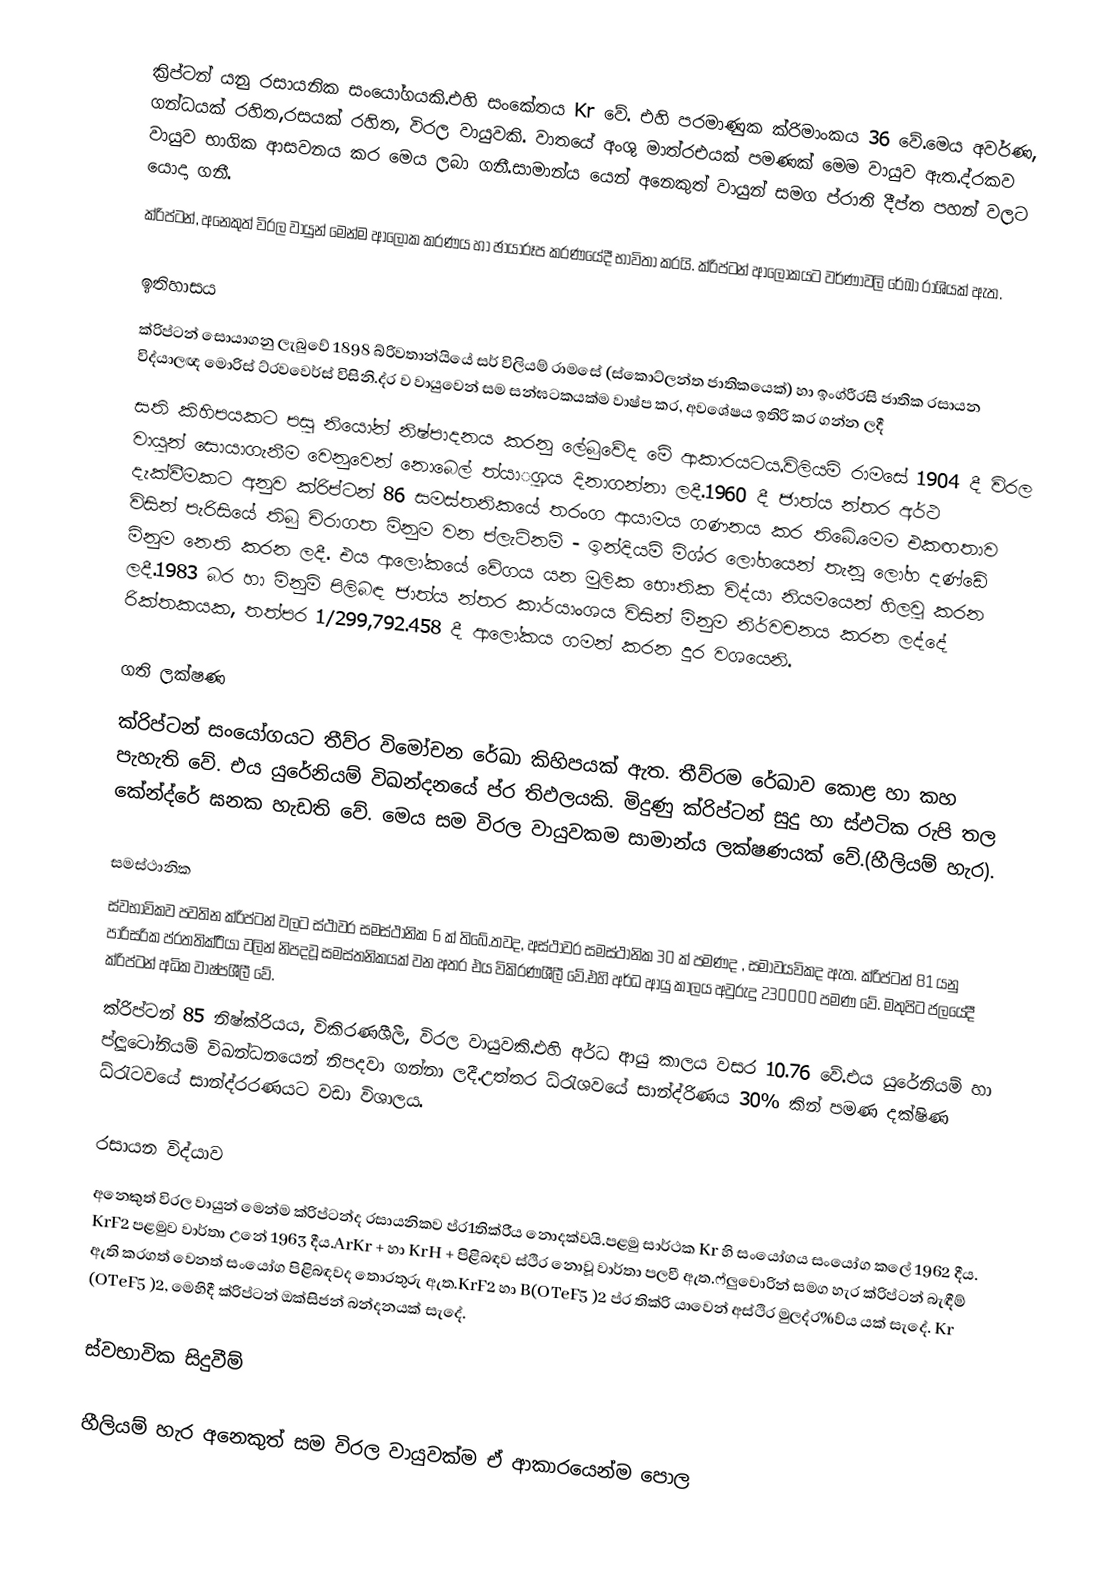
ක්‍රිප්ටන් යනු රසායනික සංයෝගයකි.එහි සංකේතය Kr වේ.  එහි පරමාණුක ක්රිමාංකය 36 වේ.මෙය අවර්ණ, ගන්ධයක් රහිත,රසයක් රහිත, විරල වායුවකි. වාතයේ අංශු මාත්රඑයක් පමණක් මෙම වායුව ඇත.ද්රකව වායුව භාගික ආසවනය කර මෙය ලබා ගනී.සාමාන්ය යෙන් අනෙකුත් වායුන් සමග ප්රාති දීප්ත පහන් වලට යොදා ගනී.
ක්රිප්ටන්, අනෙකුත් විරල වායුන් මෙන්ම ආලෝක කරණය හා ඡායාරූප කරණයේදී භාවිතා කරයි. ක්රිප්ටන් ආලෝකයට වර්ණාවලි රේඛා රාශියක් ඇත.

ඉතිහාසය
ක්රිප්ටන් සොයාගනු ලැබුවේ 1898 බ්රිවතාන්යියේ සර් විලියම් රාමසේ (ස්කොට්ලන්ත ජාතිකයෙක්) හා  ඉංග්රීරසි ජාතික රසායන විද්යාලඥ මොරිස් ට්රවවෙර්ස් විසිනි.ද්ර ව වායුවෙන් සම සන්ඝටකයක්ම වාෂ්ප කර, අවශේෂය ඉතිරි කර ගන්න ලදී
සති කිහිපයකට පසු නියෝන් නිෂ්පාදනය කරනු ලේබුවේද මේ ආකාරයටය.විලියම් රාමසේ 1904 දී විරල වායුන් සොයාගැනීම වෙනුවෙන් නොබෙල් ත්යාුගය දිනාගන්නා ලදී.1960 දී ජාත්ය න්තර අර්ථ දැක්වීමකට අනුව ක්රිප්ටන් 86 සමස්තනිකයේ තරංග ආයාමය ගණනය කර තිබේ.මෙම එකඟතාව විසින් පැරිසියේ තිබු චිරාගත මිනුම වන ප්ලැටිනම් - ඉන්දියම් මිශ්ර  ලෝහයෙන් තැනූ ලෝහ දණ්ඩේ මිනුම නෙති කරන ලදී. එය ආලෝකයේ වේගය යන මුලික භෞතික විද්යා  නියමයෙන් හිලවු කරන ලදී.1983 බර හා මිනුම් පිලිබඳ ජාත්ය න්තර කාර්යාංශය විසින් මිනුම නිර්වචනය කරන ලද්දේ රික්තකයක, තත්පර 1/299,792.458 දී ආලෝකය ගමන් කරන දුර වශයෙනි.

ගති ලක්ෂණ
ක්රිප්ටන් සංයෝගයට තීව්ර විමෝචන රේඛා කිහිපයක් ඇත. තීව්රම රේඛාව කොළ හා කහ පැහැති වේ. එය යුරේනියම් විඛන්දනයේ ප්ර තිඵලයකි. මිදුණු ක්රිප්ටන් සුදු හා ස්ඵටික රුපි තල කේන්ද්රේ ඝනක හැඩති වේ. මෙය සම විරල වායුවකම සාමාන්ය  ලක්ෂණයක් වේ.(හීලියම් හැර).

සමස්ථානික
ස්වභාවිකව පවතින ක්රිප්ටන් වලට ස්ථාවර සමස්ථානික 6 ක් තිබේ.තවද, අස්ථාවර සමස්ථානික 30 ක් පමණද , සමාවයවිකද ඇත. ක්රිප්ටන් 81 යනු පාරිසරික ප්රතතික්රිියා වලින් නිපදවූ සමස්තනිකයක් වන අතර එය විකිරණශීලී වේ.එහි අර්ධ ආයු කාලය අවුරුදු 230000 පමණ වේ. මතුපිට ජලයේදී ක්රිප්ටන් අධික වාෂ්පශීලී වේ.
ක්රිප්ටන් 85 නිෂ්ක්රියය, විකිරණශීලී, විරල වායුවකි.එහි අර්ධ ආයු කාලය වසර 10.76 වේ.එය යුරේනියම් හා ප්ලූටෝනියම් විඛන්ධනයෙන්  නිපදවා ගන්නා ලදී.උත්තර ධ්රැශවයේ සාන්ද්රිණය 30% කින් පමණ දක්ෂිණ ධ්රැටවයේ සාන්ද්රරණයට වඩා විශාලය.

රසායන විද්යාව
අනෙකුත් විරල වායුන් මෙන්ම ක්රිප්ටන්ද රසායනිකව ප්ර1තික්රි්ය නොදක්වයි.පළමු සාර්ථක Kr හි සංයෝගය සංයෝග කලේ 1962 දීය. KrF2 පළමුව වාර්තා උනේ 1963 දීය.ArKr +  හා KrH + පිළිබඳව ස්ථිර නොවූ වාර්තා පලවී ඇත.ෆ්ලුවොරින් සමග හැර ක්රිප්ටන් බැඳීම් ඇති කරගත් වෙනත් සංයෝග පිළිබඳවද තොරතුරු ඇත.KrF2 හා B(OTeF5 )2 ප්ර තික්රි යාවෙන් අස්ථිර මුලද්ර%ව්ය යක් සැදේ. Kr (OTeF5 )2, මෙහිදී ක්රිප්ටන් ඔක්සිජන් බන්දනයක් සැදේ.

ස්වභාවික සිදුවීම්

හීලියම් හැර අනෙකුත් සම විරල වායුවක්ම ඒ ආකාරයෙන්ම පොල